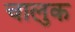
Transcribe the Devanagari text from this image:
चालुक